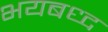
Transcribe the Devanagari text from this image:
भयबध्द